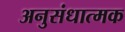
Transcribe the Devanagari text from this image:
अनुसंधात्मक